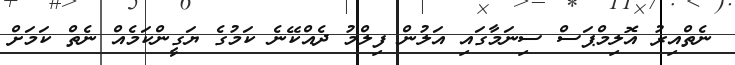
ނެތްއިރު އޮލިމްޕަސް ސިނަމާގައި އަލުން ފިލްމު ދެއްކޭނެ ކަމުގެ ޔަގީންކަމެއް ނެތް ކަމަށް